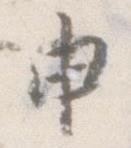
申